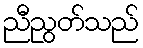
ညီညွတ်သည်